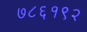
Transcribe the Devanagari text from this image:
७८६१९२